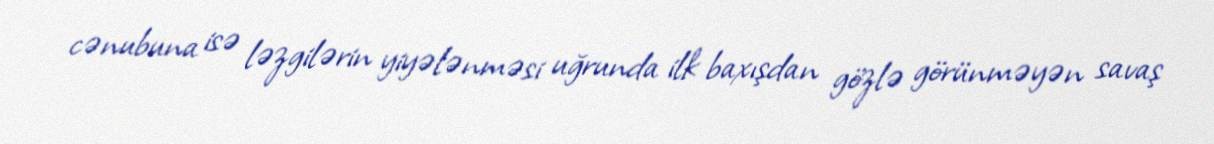
cənubuna isə ləzgilərin yiyələnməsi uğrunda ilk baxışdan gözlə görünməyən savaş